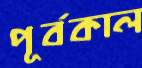
পূর্বকাল